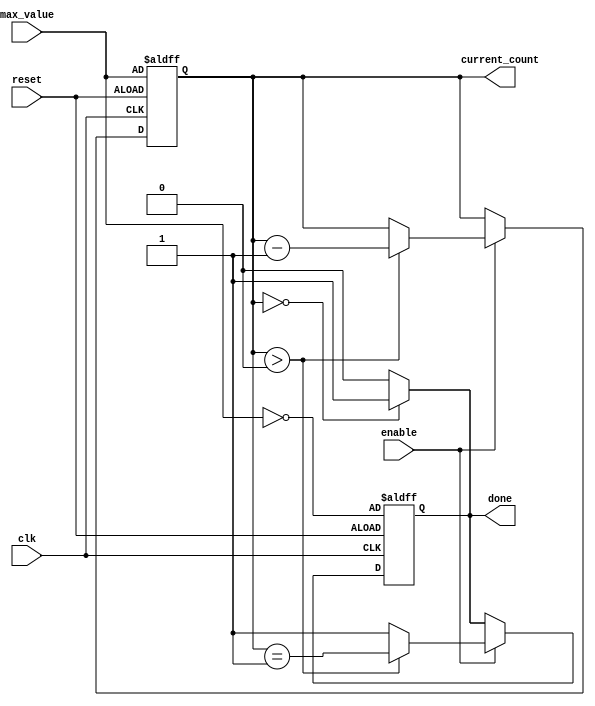
module decremental_counter (
    input wire clk,           // Clock signal
    input wire reset,         // Asynchronous reset signal
    input wire enable,        // Control signal for counting
    input wire [31:0] max_value, // Input signal for maximum count value
    output reg [31:0] current_count, // Current count value
    output reg done          // Flag indicating when the counter reaches zero
);

    // Asynchronous reset and initialization
    always @(posedge clk or posedge reset) begin
        if (reset) begin
            // Reset current_count to max_value on reset
            current_count <= max_value;
            done <= (max_value == 0); // Assert done if max_value is 0
        end
        else if (enable) begin
            // Decrement only if enabled
            if (current_count > 0) begin
                current_count <= current_count - 1;
                done <= (current_count == 1); // Assert done when about to reach zero
            end
            else begin
                done <= 1'b1; // Stay done if current_count is already zero
            end
        end
    end

    // Ensure done is asserted only if current_count is zero
    always @(*) begin
        if (current_count == 0) begin
            done = 1'b1;
        end
        else begin
            done = 1'b0;
        end
    end

endmodule